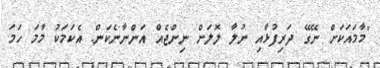
"މާމައަކަށް ނޭގޭ ދަރިފުޅާއި ނުލާ ލޮލަށް ނިންޖެއް އަންނާނެކަން. އެކަމަކު މާމަ ހަމަ